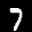
Label: 7